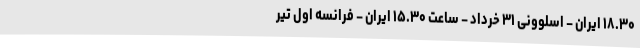
۱۸.۳۰ ایران – اسلوونی ۳۱ خرداد – ساعت ۱۵.۳۰ ایران – فرانسه اول تیر